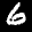
Label: 6